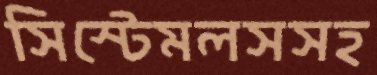
সিস্টেমলসসহ